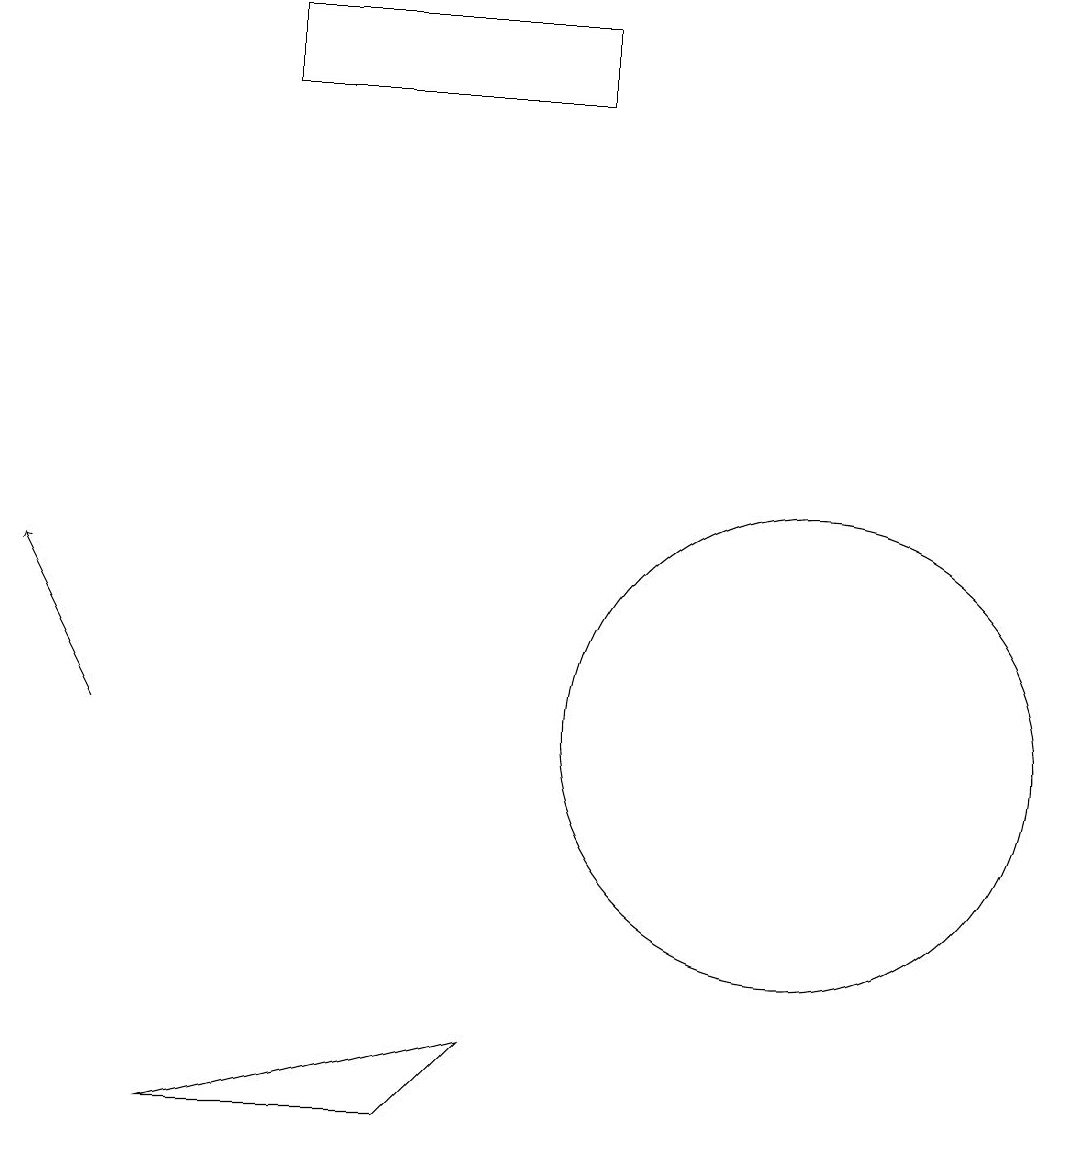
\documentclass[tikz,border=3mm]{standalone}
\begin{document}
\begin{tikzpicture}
\draw[->] (1,10) -- (0,12);
\draw (2,5) -- (5,5) -- (6,6) -- cycle;
\draw (10,10) circle (3);
\draw (3,19) rectangle (7,18);
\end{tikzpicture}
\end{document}